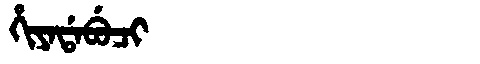
Manchu: ᡥᡳᠶᠠᡩᠠᠪᡠᠴᡳ
Romanization: HIYADABUCI